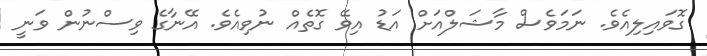
ގޮވައިލިއެވެ. ނަމަވެސް މާޝަލްއަށް އަޑު އިވޭ ގޮތެއް ނުވިއެވެ. އޭނާގެ ވިސްނުން ވަނީ